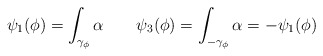
\begin{align*} \psi_1(\phi) = \int_{\gamma_\phi} \alpha \quad\quad\psi_3(\phi) = \int_{-\gamma_\phi} \alpha = -\psi_1(\phi)\end{align*}